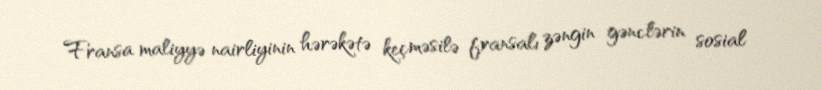
Fransa maliyyə nairliyinin hərəkətə keçməsilə fransalı zəngin gənclərin sosial